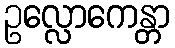
ဥလ္လောကေန္တာ